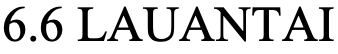
6.6 LAUANTAI